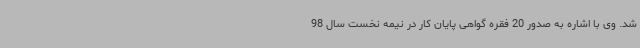
شد. وی با اشاره به صدور 20 فقره گواهی پایان کار در نیمه نخست سال 98